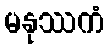
မနုဿကံ